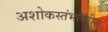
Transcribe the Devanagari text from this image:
अशोकस्तंभांवरील